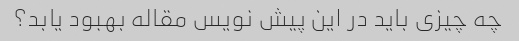
چه چیزی باید در این پیش نویس مقاله بهبود یابد؟